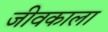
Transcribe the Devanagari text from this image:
जीवकाला